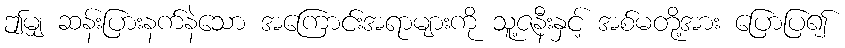
ဤမျှ ဆန်းပြားနက်နဲသော အကြောင်းအရာများကို သူ့ဇနီးနှင့် အစ်မတို့အား ပြောပြ၍